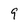
Character: 9